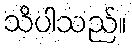
သိပါသည်။